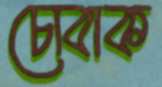
চোবাক